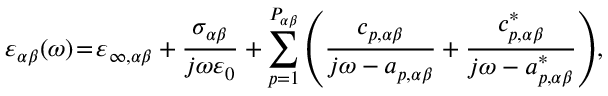
\varepsilon _ { \alpha \beta } ( \omega ) \! = \! \varepsilon _ { \infty , \alpha \beta } + \frac { \sigma _ { \alpha \beta } } { j \omega \varepsilon _ { 0 } } + \sum _ { p = 1 } ^ { P _ { \alpha \beta } } \left( \frac { c _ { p , \alpha \beta } } { j \omega - a _ { p , \alpha \beta } } + \frac { c _ { p , \alpha \beta } ^ { * } } { j \omega - a _ { p , \alpha \beta } ^ { * } } \right) \! ,